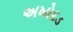
અખોદડ